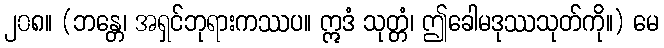
၂၀၈။ (ဘန္တေ၊ အရှင်ဘုရားကဿပ။ ဣဒံ သုတ္တံ၊ ဤခေါမဒုဿသုတ်ကို။) မေ